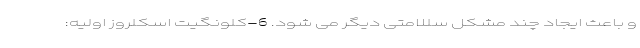
و باعث ایجاد چند مشکل سللامتی دیگر می شود. 6-کلونگیت اسکلروز اولیه: